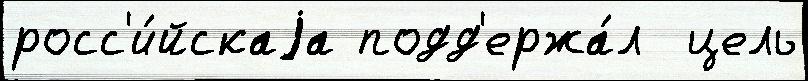
росс'и́йскаjа подд'ержа́л  цель